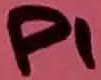
Text: P1